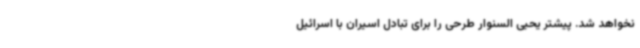
نخواهد شد. پیشتر یحیی السنوار طرحی را برای تبادل اسیران با اسرائیل